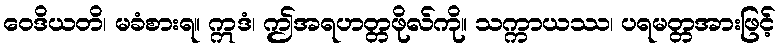
ဝေဒိယတိ၊ မခံစားရ။ ဣဒံ၊ ဤအရဟတ္တဖိုလ်ကို။ သက္ကာယဿ၊ ပရမတ္တအားဖြင့်